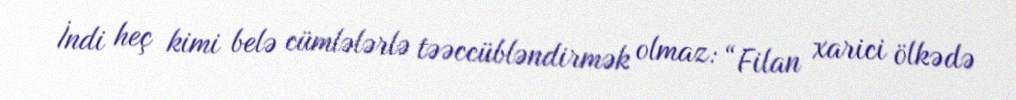
İndi heç kimi belə cümlələrlə təəccübləndirmək olmaz: “Filan xarici ölkədə